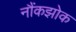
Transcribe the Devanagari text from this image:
नौंकझोक